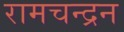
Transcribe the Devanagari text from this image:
रामचन्‍द्रन